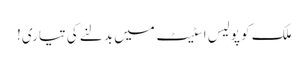
ملک کو پولیس اسٹیٹ میں بدلنے کی تیاری!